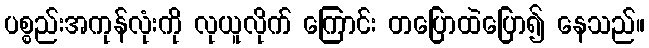
ပစ္စည်းအကုန်လုံးကို လုယူလိုက် ကြောင်း တပြောထဲပြော၍ နေသည်။